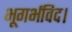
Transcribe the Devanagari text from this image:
भूगर्भविद।